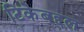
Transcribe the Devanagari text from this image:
टिकेबद्दल